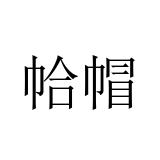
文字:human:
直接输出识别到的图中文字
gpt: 帢帽